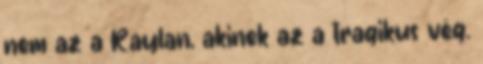
nem az a Raylan, akinek az a tragikus vég.